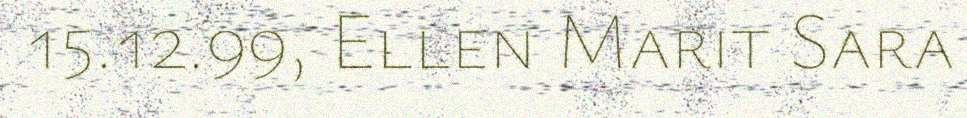
15.12.99, Ellen Marit Sara